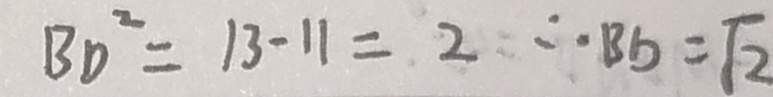
B D ^ { 2 } = 1 3 - 1 1 = 2 \therefore B b = \sqrt { 2 }